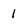
Character: 1